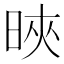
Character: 𣇍